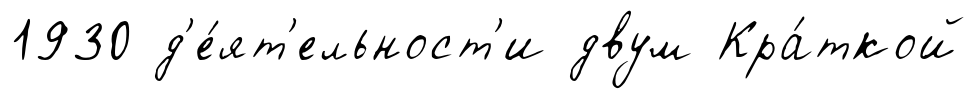
1930 д'е́ят'ельност'и двум Кра́ткой